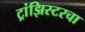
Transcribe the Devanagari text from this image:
ट्रांझिस्टरचा